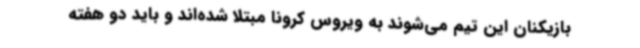
بازیکنان این تیم می‌شوند به ویروس کرونا مبتلا شده‌اند و باید دو هفته